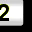
Digit: 2